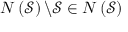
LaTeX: N \left( { \mathcal { S } } \right) \backslash { \mathcal { S } } \in N \left( { \mathcal { S } } \right)